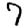
Digit: 7